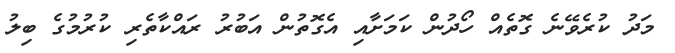
މަދު ކުރެވޭނެ ގޮތެއް ހޯދުން ކަމަށާއި އެގޮތުން އަބުރު ރައްކާތެރި ކުރުމުގެ ބިލު